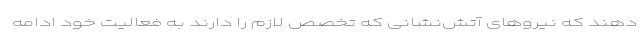
دهند که نیروهای آتش‌نشانی که تخصص لازم را دارند به فعالیت خود ادامه